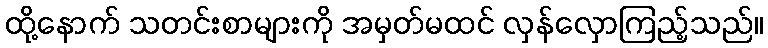
ထို့နောက် သတင်းစာများကို အမှတ်မထင် လှန်လှောကြည့်သည်။